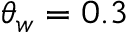
\theta _ { w } = 0 . 3